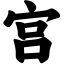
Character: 宫